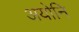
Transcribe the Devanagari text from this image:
अयोनि